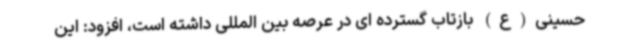
حسینی(ع) بازتاب گسترده‌ ای در عرصه بین المللی داشته است، افزود: این